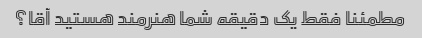
مطمئنا فقط یک دقیقه شما هنرمند هستید آقا؟